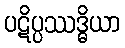
ပဋိပ္ပဿဒ္ဓိယာ